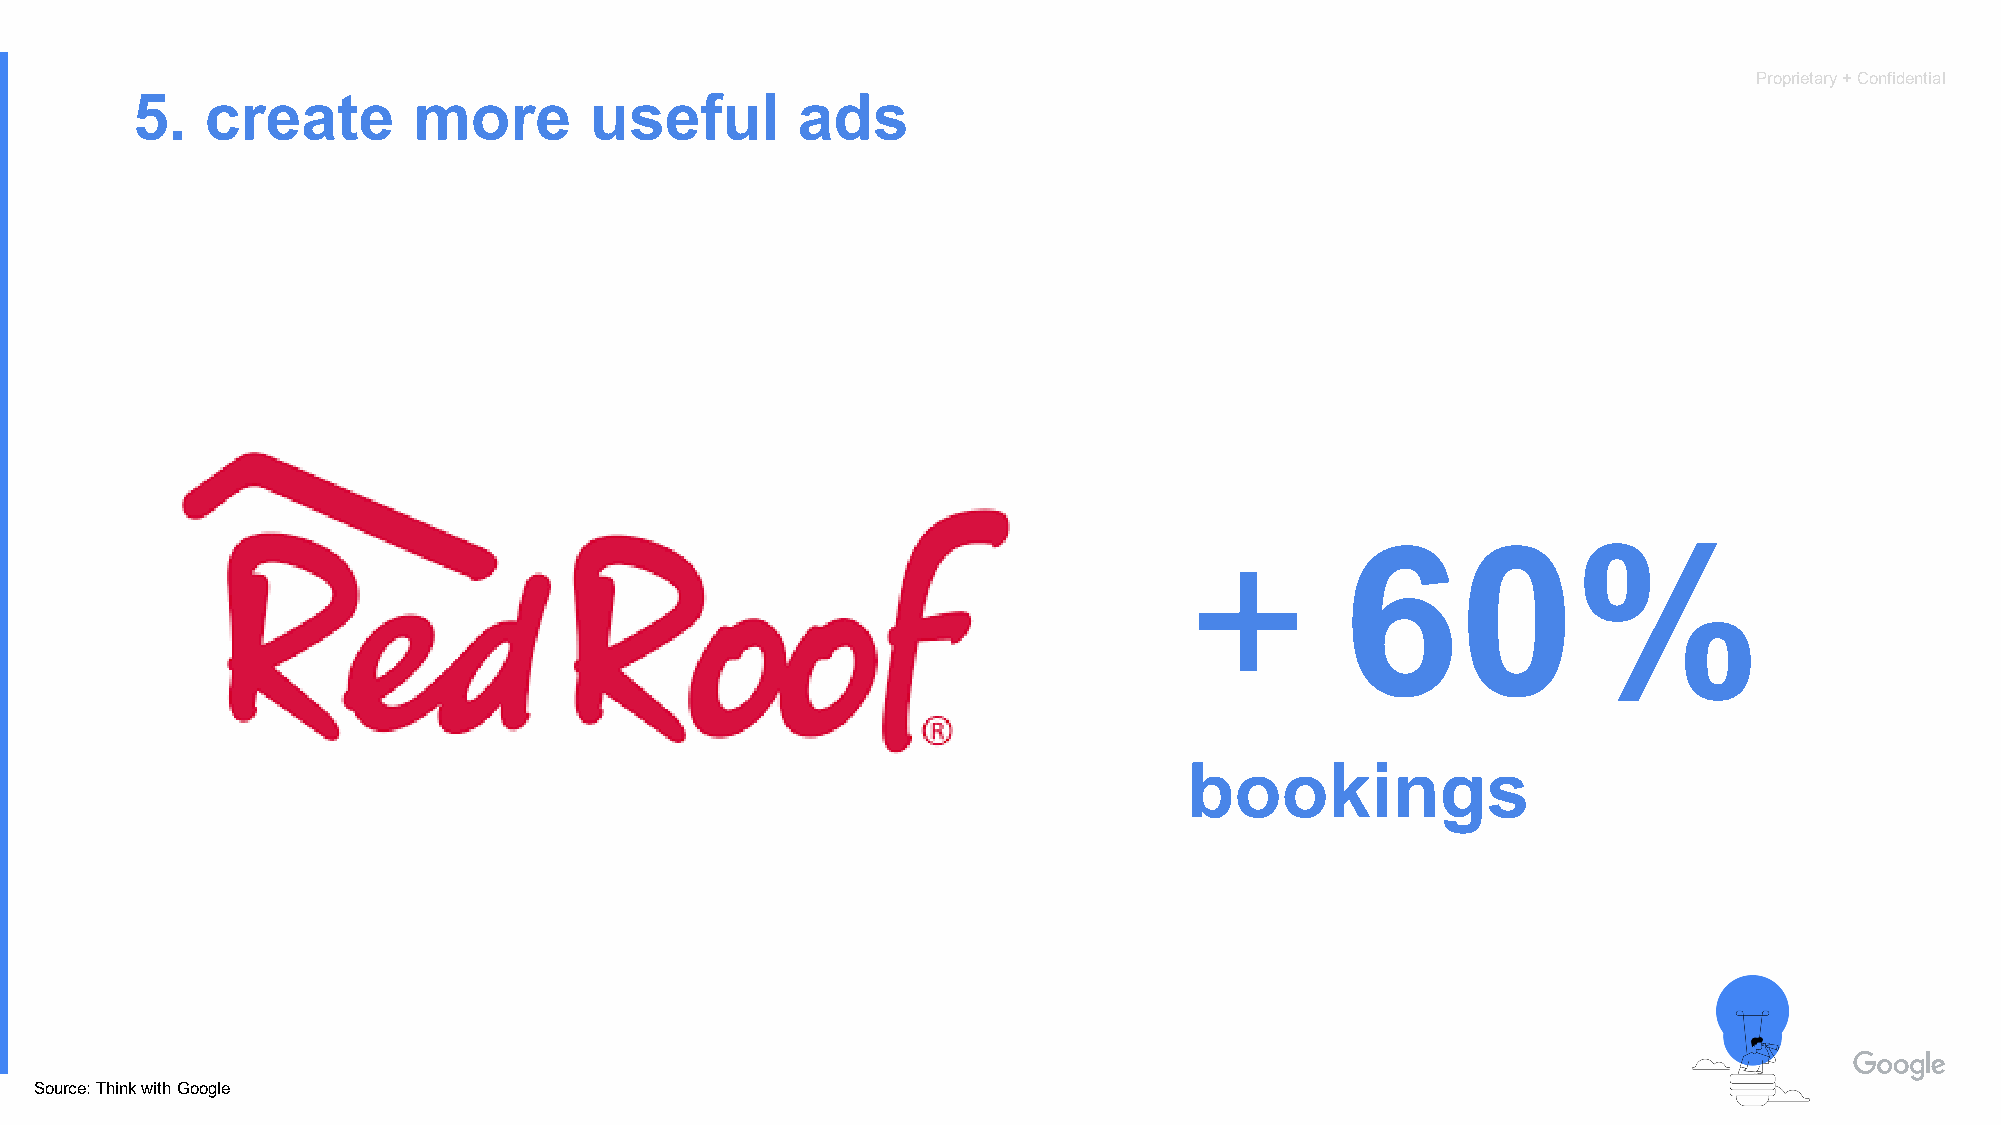
Proprietary + Confidential
 5.   create       more        useful        ads
 +
 60%
 bookings
 Source: Think with Google